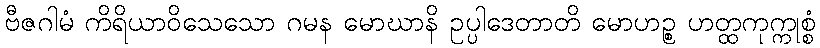
ဗီဇဂါမံ ကိရိယာဝိသေသော ဂမန မောဃာနိ ဥပ္ပါဒေတာတိ မောဟဉ္စ ဟတ္ထကုက္ကုစ္စံ